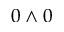
0 \wedge 0